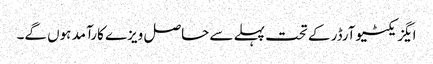
ایگزیکٹیوآرڈر کے تحت پہلے سے حاصل ویزے کارآمد ہوں گے۔